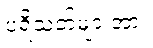
ပရိသတ်များအား